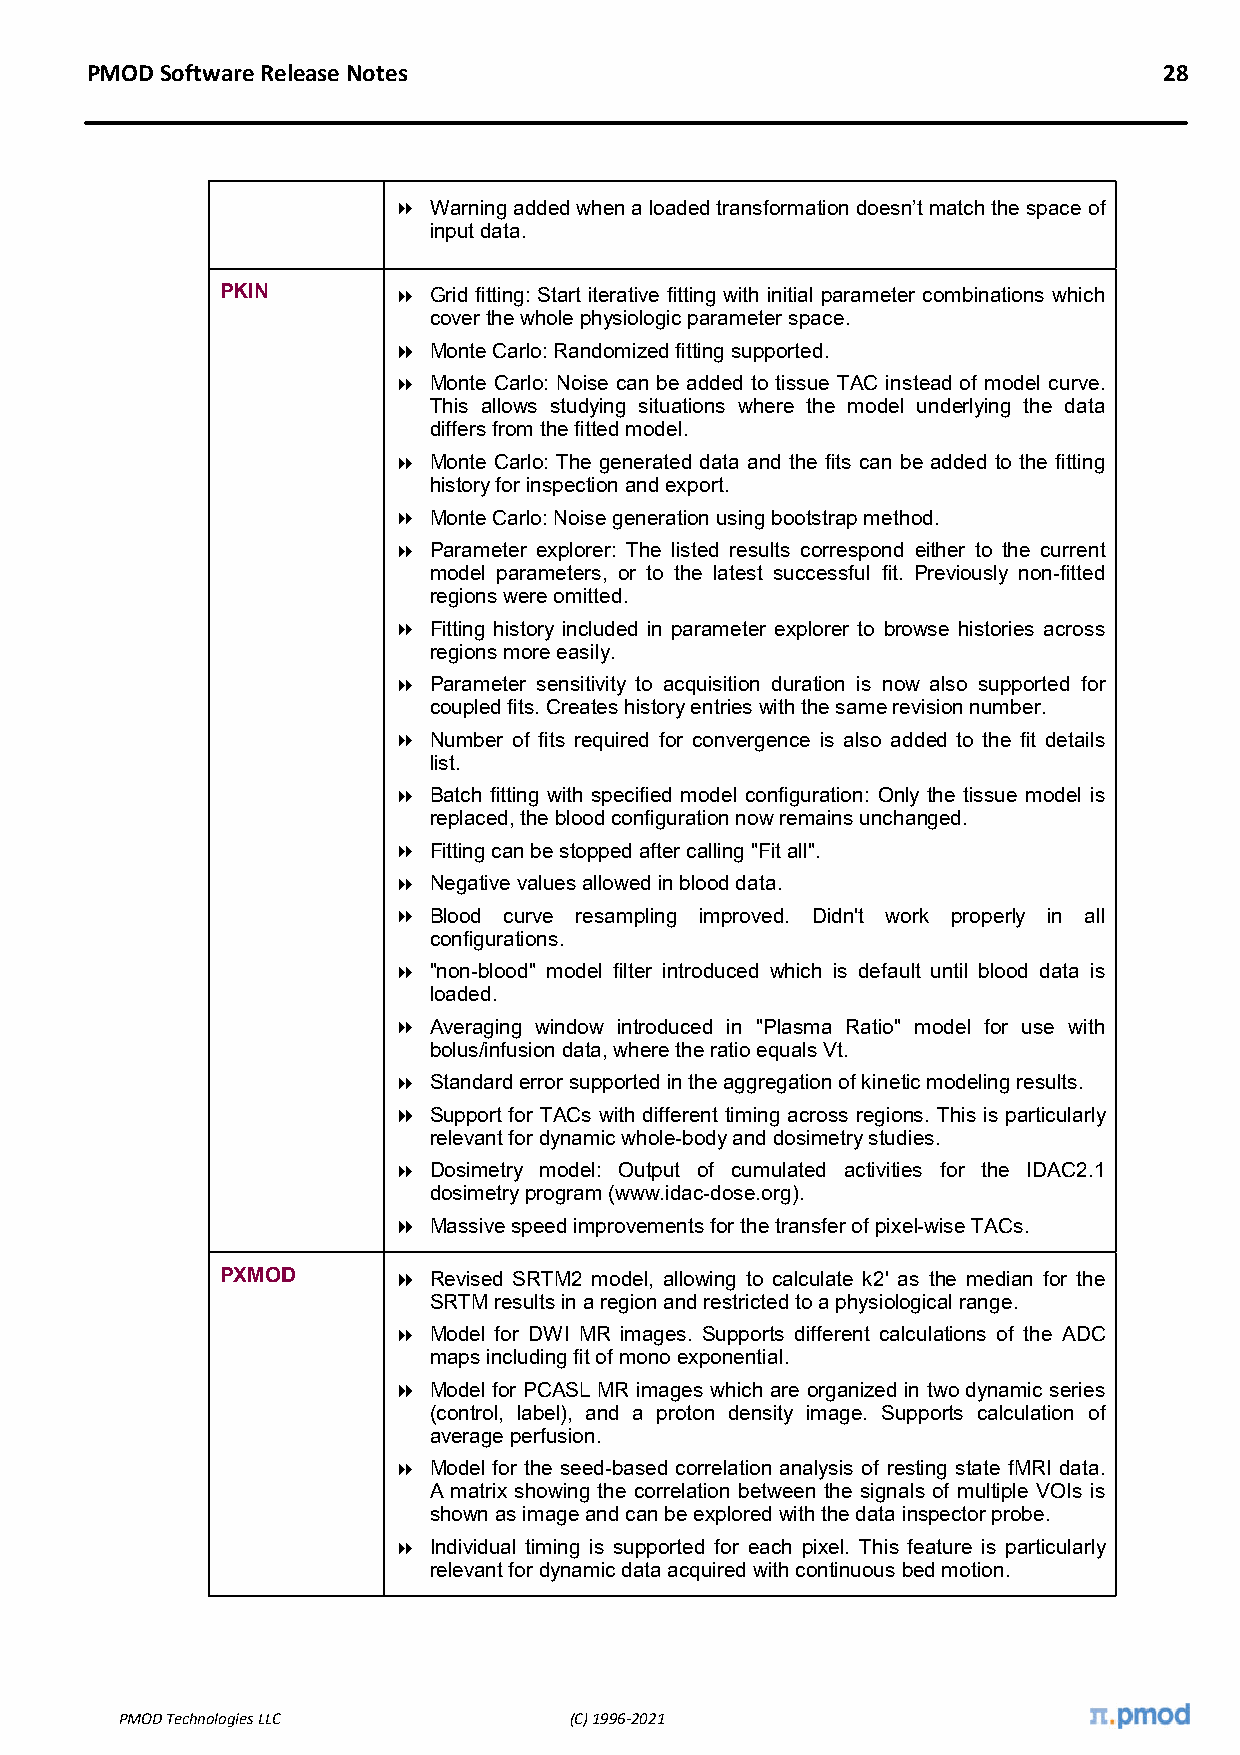
PMOD Software Release Notes                                            28
  Warning added when a loaded transformation doesn’t match the space of
 input data.
 PKIN        Grid fitting: Start iterative fitting with initial parameter combinations which
 cover the whole physiologic parameter space.
  Monte Carlo: Randomized fitting supported.
  Monte Carlo: Noise can be added to tissue TAC instead of model curve.
 This allows studying situations where the model underlying the data
 differs from the fitted model.
  Monte Carlo: The generated data and the fits can be added to the fitting
 history for inspection and export.
  Monte Carlo: Noise generation using bootstrap method.
  Parameter explorer: The listed results correspond either to the current
 model parameters, or to the latest successful fit. Previously non-fitted
 regions were omitted.
  Fitting history included in parameter explorer to browse histories across
 regions more easily.
  Parameter sensitivity to acquisition duration is now also supported for
 coupled fits. Creates history entries with the same revision number.
  Number of fits required for convergence is also added to the fit details
 list.
  Batch fitting with specified model configuration: Only the tissue model is
 replaced, the blood configuration now remains unchanged.
  Fitting can be stopped after calling "Fit all".
  Negative values allowed in blood data.
  Blood curve resampling improved. Didn't work properly in all
 configurations.
  "non-blood" model filter introduced which is default until blood data is
 loaded.
  Averaging window introduced in "Plasma Ratio" model for use with
 bolus/infusion data, where the ratio equals Vt.
  Standard error supported in the aggregation of kinetic modeling results.
  Support for TACs with different timing across regions. This is particularly
 relevant for dynamic whole-body and dosimetry studies.
  Dosimetry model: Output of cumulated activities for the IDAC2.1
 dosimetry program (www.idac-dose.org).
  Massive speed improvements for the transfer of pixel-wise TACs.
 PXMOD       Revised SRTM2 model, allowing to calculate k2' as the median for the
 SRTM results in a region and restricted to a physiological range.
  Model for DWI MR images. Supports different calculations of the ADC
 maps including fit of mono exponential.
  Model for PCASL MR images which are organized in two dynamic series
 (control, label), and a proton density image. Supports calculation of
 average perfusion.
  Model for the seed-based correlation analysis of resting state fMRI data.
 A matrix showing the correlation between the signals of multiple VOIs is
 shown as image and can be explored with the data inspector probe.
  Individual timing is supported for each pixel. This feature is particularly
 relevant for dynamic data acquired with continuous bed motion.
 PMOD Technologies LLC         (C) 1996-2021